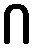
ဂ